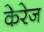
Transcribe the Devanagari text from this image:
केरेज